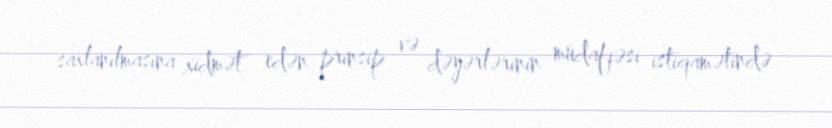
saxlanılmasına xidmət edən prinsip və dəyərlərinin müdafiəsi istiqamətində